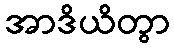
အာဒိယိတွာ